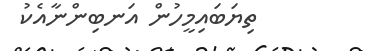
ތިޔަބައިމީހުން އަނބިންނާއެކު